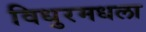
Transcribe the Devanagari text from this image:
विधुरमधला